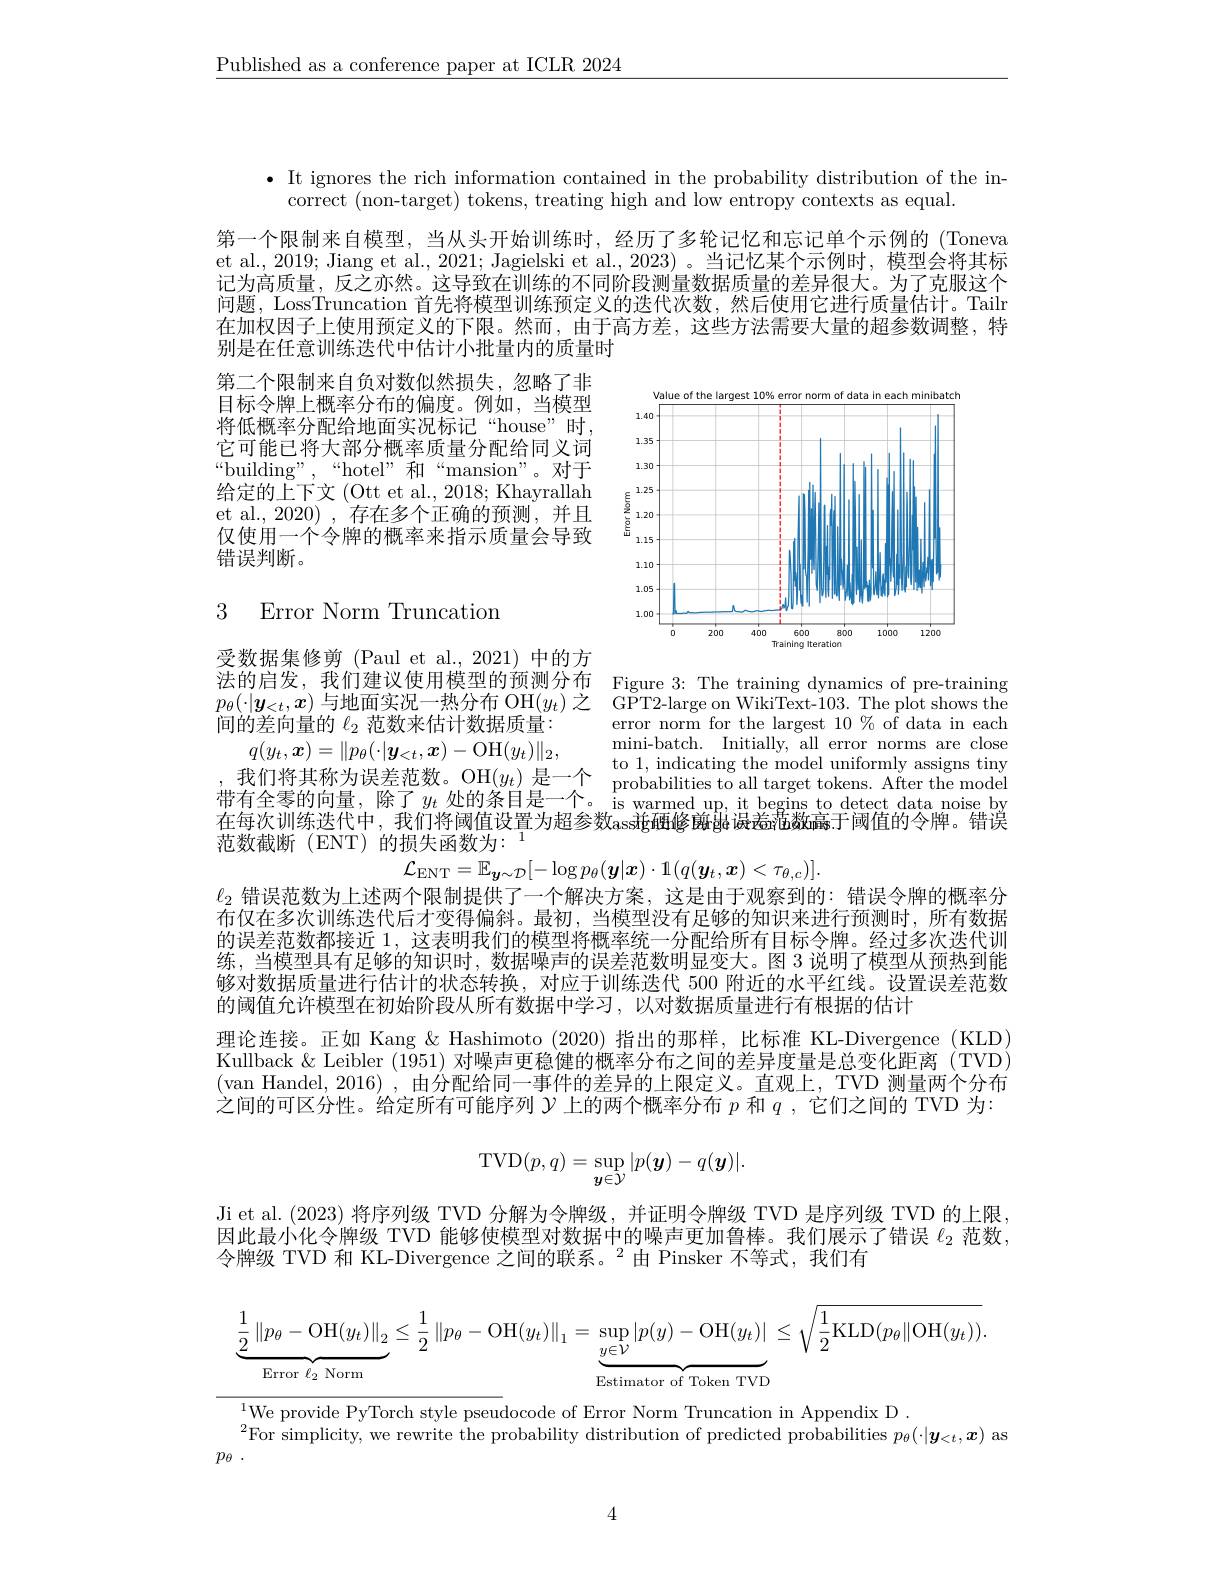
$\underline{\text{Published as a conference paper at ICLR 2024}}$

$\bullet$ It ignores the rich information contained in the probability distribution of the in-
correct (non-target) tokens, treating high and low entropy contexts as equal.

第一个限制来自模型，当从头开始训练时，经历了多轮记忆和忘记单个示例的 (Toneva et al., 2019; Jiang et al., 2021; Jagielski et al., 2023) 。当记忆某个示例时，模型会将其标记为高质量，反之亦然。这导致在训练的不同阶段测量数据质量的差异很大。为了克服这个问题，LossTruncation 首先将模型训练预定义的迭代次数，然后使用它进行质量估计。Tailr 在加权因子上使用预定义的下限。然而，由于高方差，这些方法需要大量的超参数调整，特别是在任意训练迭代中估计小批量内的质量时

第二个限制来自负对数似然损失，忽略了非目标令牌上概率分布的偏度。例如，当模型将低概率分配给地面实况标记“house”时， 它可能已将大部分概率质量分配给同义词“ building” , “ hotel” 和 “ mansion” 。对 于 给定的上下文 (Ott et al., 2018; Khayrallah et al., 2020), 存在多个正确的预测，并且仅使用一个令牌的概率来指示质量会导致错误判断。

<FigureHere>

# 3 Error Norm Truncation

受数据集修剪 (Paul et al.,2021) 中的方
法的启发，我们建议使用模型的预测分布 Figure 3: The training dynamics of pre-training $p_\theta(\cdot|\boldsymbol{y}_{<t},\boldsymbol{x})$与地面实况一热分布 OH$(y_t)$之 GPT2-large on WikiText-103. The plot shows the 间的差向量的$\ell_2$范数来估计数据质量：

$q(y_t,\boldsymbol{x})=\|p_\theta(\cdot|\boldsymbol{y}_{<t},\boldsymbol{x})-$OH$(y_t)\|_2$,
$q( y, x) - \| p_{\theta }( | \boldsymbol{y}< t, \boldsymbol{x})$ Or$( y_{t}) \| _{2}$, 我 们 将 其 称 为 误 差 范 数 。OH$( y_{t})$ 是 一 个 probabilities to all target tokens. After the model 5右 全 羣 的 向 量 除 了 $u\text{ h\'{u} 冬 日 自 一 个 }$probabilities to all target tokens. After the model 带 有 全 零 的 向 量 , 除 了 $y_{t}$ 处 的 条 目 是 一 个 。is warmed up, it begins to detect data noise by 大 后 次 训 练 洗 件 中 我 们 将 通 借 识 罢 斗 却 矣 断 计 项 收 前 出 只 主 要 数 言 王 国 估 的 众 响 結 点 为在每次训练迭代中，我们将阈值设置为超参数assig硬修厳驰误茜范数高于阈值的令牌。错误范数截断 (ENT) 的损失函数为：1

error norm for the largest $10\%$ of data in each mini-batch. Initially, all error norms are close
$$\mathcal{L}_{\mathrm{ENT}}=\mathbb{E}_{\boldsymbol{y}\sim\mathcal{D}}[-\log p_{\theta}(\boldsymbol{y}|\boldsymbol{x})\cdot1(q(\boldsymbol{y}_{t},\boldsymbol{x})<\tau_{\theta,c})].$$
$\ell_2$错误范数为上述两个限制提供了一个解决方案，这是由于观察到的：错误令牌的概率分布仅在多次训练迭代后才变得偏斜。最初，当模型没有足够的知识来进行预测时，所有数据的误差范数都接近 1,这表明我们的模型将概率统一分配给所有目标令牌。经过多次迭代训练，当模型具有足够的知识时，数据噪声的误差范数明显变大。图 3 说明了模型从预热到能够对数据质量进行估计的状态转换，对应于训练迭代 500 附近的水平红线。设置误差范数的阈值允许模型在初始阶段从所有数据中学习，以对数据质量进行有根据的估计
理论连接。正如 Kang & Hashimoto (2020) 指出的那样，比标准 KL-Divergence (KLD) Kullback $\&$ Leibler (1951)对噪声更稳健的概率分布之间的差异度量是总变化距离 (TVD) (van Handel, 2016) , 由分配给同一事件的差异的上限定义。直观上，TVD 测量两个分布之间的可区分性。给定所有可能序列$\mathcal{Y}$上的两个概率分布$p$和$q$ ,它们之间的 TVD 为：
$$\mathrm{TVD}(p,q)=\sup_{y\in\mathcal{Y}}|p(\boldsymbol{y})-q(\boldsymbol{y})|.$$
Ji et al. (2023) 将序列级 TVD 分解为令牌级，并证明令牌级 TVD 是序列级 TVD 的上限， 因此最小化令牌级 TVD 能够使模型对数据中的噪声更加鲁棒。我们展示了错误$\ell_{2}$范数， 令牌级 TVD 和 KL-Divergence 之间的联系。$^2$由 Pinsker 不等式，我们有
$$\underbrace{\frac{1}{2}\left\|p_{\theta}-\mathrm{OH}(y_{t})\right\|_{2}}_{\text{Error }\ell_{2}\text{Norm}}\leq\frac{1}{2}\left\|p_{\theta}-\mathrm{OH}(y_{t})\right\|_{1}=\underbrace{\sup\limits_{y\in\mathcal{V}}\left|p(y)-\mathrm{OH}(y_{t})\right|}_{\text{Estimator of Token TVD}}\leq\sqrt{\frac{1}{2}\mathrm{KLD}(p_{\theta}\|\mathrm{OH}(y_{t}))}.$$
$^{1}$We provide PyTorch style pseudocode of Error Norm Truncation in Appendix D
$^2$For simplicity,  we rewrite the probability distribution of predicted probabilities $p_\theta ( \cdot | \boldsymbol{y}_{< t}, \boldsymbol{x})$ as
$p_{\theta }$ .

4